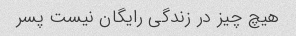
هیچ چیز در زندگی رایگان نیست پسر